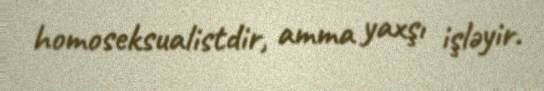
homoseksualistdir, amma yaxşı işləyir.